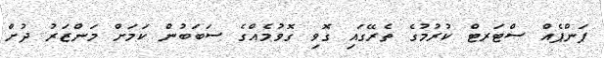
ޕަންޕެއް ސްޓަރޓް ކުރުމުގެ ތެރޭގައި ގޮވި ގޮވުމެއްގެ ސަބަބުން ކަމަށް މަންޒަރު ދުށް